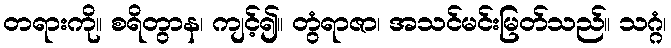
တရားကို။ စရိတွာန၊ ကျင့်၍။ တွံရာဇာ၊ အသင်မင်းမြတ်သည်။ သဂ္ဂံ၊